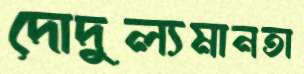
দোদুল্যমানতা